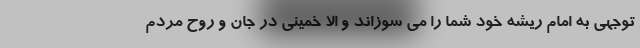
توجهی به امام ریشه خود شما را می سوزاند و الا خمینی در جان و روح مردم